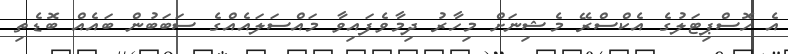
އެ ހޮސްޕިޓަލުގެ އެކްސްރޭ މެޝިނަށް މިހާރު ދިމާވެފައިވާ މައްސަލައެއްގެ ސަބަބުން ބައެއް ބޮޑެތި